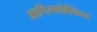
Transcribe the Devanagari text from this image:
आपिस्थोब्रैंकिया